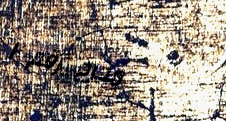
مخرج رقم ١